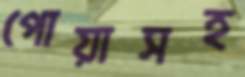
পোয়াসহ